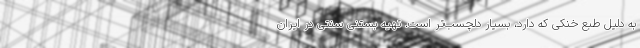
به دلیل طبع خنکی که دارد، بسیار دلچسب‌تر است. تهیه بستنی سنتی در ایران